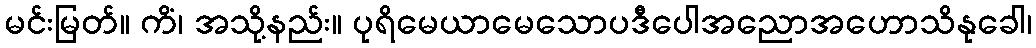
မင်းမြတ်။ ကိံ၊ အသို့နည်း။ ပုရိမေယာမေသောပဒီပေါအညောအဟောသိနုခေါ၊